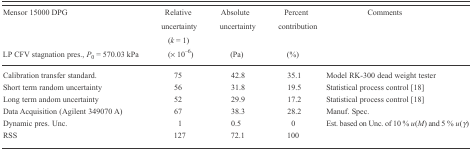
| Mensor 15000 DPG | Relative uncertainty (k = 1) | Absolute uncertainty | Percent contribution | Comments |
 | LP CFV stagnation pres., P0 = 570.03 kPa | (× 10−6) | (Pa) | (%) |  |
 | --- | --- | --- | --- | --- |
 | Calibration transfer standard. | 75 | 42.8 | 35.1 | Model RK-300 dead weight tester |
 | Short term random uncertainty | 56 | 31.8 | 19.5 | Statistical process control [18] |
 | Long term andom uncertainty | 52 | 29.9 | 17.2 | Statistical process control [18] |
 | Data Acquisition (Agilent 349070 A) | 67 | 38.3 | 28.2 | Manuf. Spec. |
 | Dynamic pres. Unc. | 1 | 0.5 | 0 | Est. based on Unc. of 10 % u(M) and 5 % u(γ) |
 | RSS | 127 | 72.1 | 100 |  |